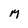
Character: M